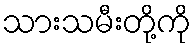
သားသမီးတို့ကို